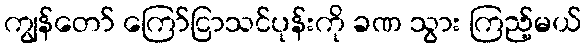
ကျွန်တော် ကြော်ငြာသင်ပုန်းကို ခဏ သွား ကြည့်မယ်